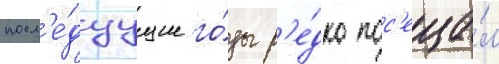
посл'е́дуущие го́ды р'е́дко пос'еща́л